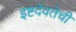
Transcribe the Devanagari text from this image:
इष्टदेवतेची